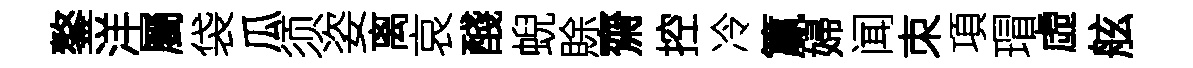
鏊洋屬袋瓜须姿离哀醆蜺賖齋控冷籯婦闻朿項瑁虛舷